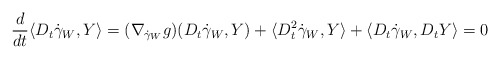
\begin{align*}\frac{d}{dt} \langle D_t\dot\gamma_W, Y \rangle = (\nabla_{\dot\gamma_W} g) (D_t\dot\gamma_W, Y) + \langle D^2_t\dot\gamma_W, Y \rangle + \langle D_t\dot\gamma_W, D_tY \rangle = 0\end{align*}